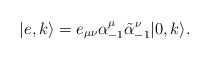
\begin{align*}|e,k\rangle = e_{\mu\nu} \alpha^\mu_{-1} \tilde\alpha^\nu_{-1}|0,k\rangle. \end{align*}